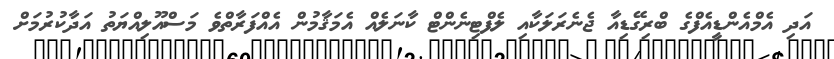
އަދި އެމްއެންޑީއެފްގެ ބްރިގޭޑިއާ ޖެނެރަލަކާއި ލެފްޓިނެންޓް ކާނަލެއް އެމަޤާމުން އެއްފަރާތްވެ މަސްއޫލިއްޔަތު އަދާކުރުމަށް